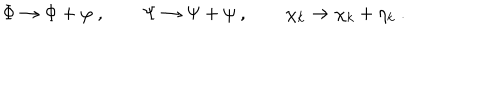
LaTeX: \Phi \to \Phi + \varphi \ , \qquad \Psi \to \Psi + \psi \ , \qquad \chi _ { k } \to \chi _ { k } + \eta _ { k } \ .